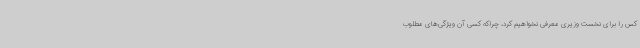
کس را برای نخست وزیری معرفی نخواهیم کرد، چراکه کسی آن ویژگی‌های مطلوب